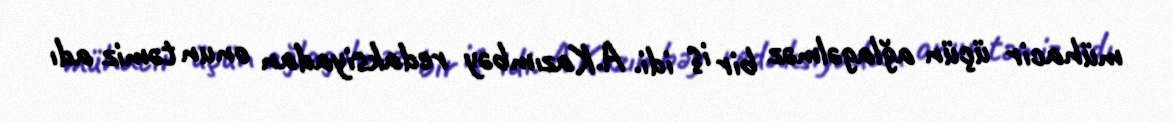
mühacir üçün ağlagəlməz bir iş idi. A.Kazımbəy redaksiyadan onun təmiz adı